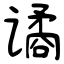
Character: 谲